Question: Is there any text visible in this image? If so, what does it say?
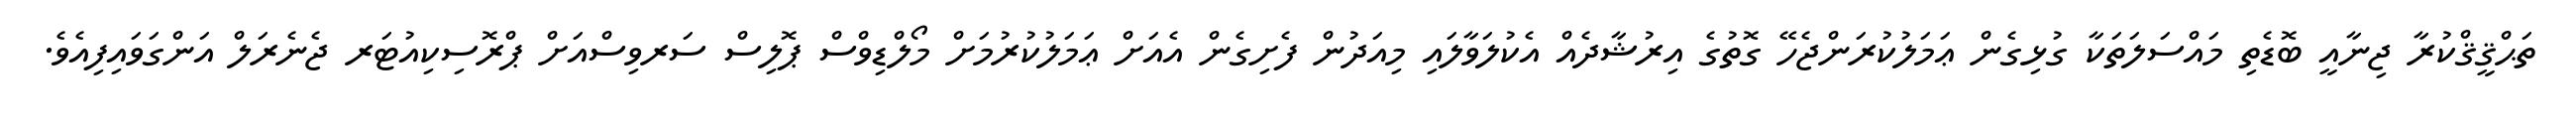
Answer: ތަޙްޤީޤްކުރާ ޖިނާއީ ބޮޑެތި މައްސަލަތަކާ ގުޅިގެން ޢަމަލުކުރަންޖެހޭ ގޮތުގެ އިރުޝާދެއް އެކުލަވާލައި މިއަދުން ފެށިގެން އެއަށް ޢަމަލުކުރުމަށް މޯލްޑިވްސް ޕޮލިސް ސަރވިސްއަށް ޕްރޮސިކިއުޓަރ ޖެނެރަލް އަންގަވައިފިއެވެ.